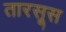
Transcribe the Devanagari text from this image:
तारसूस